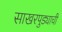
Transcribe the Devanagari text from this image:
साखरपुड्याची